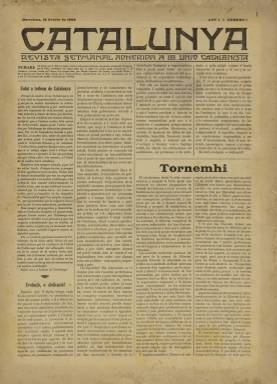
Título: Catalunya (Barcelona. 1909)
Colección: Nacionalismo
Ámbito geográfico: Barcelona
Lugar de publicación: Barcelona
Fechas: 18/02/1909-22/07/1909

“Revista setmanal adherida a la Unió Catalanista” es el subtítulo de esta publicación que comenzó a publicarse en Barcelona el 18 de febrero de 1909. La organización de carácter nacionalista conservador había nacido en 1891, y tras abandonarla Enric Prat de la Riba (1870-1917), la venía presidiendo, desde 1903, el psiquiatra Domènec Martí i Julià (1861-1917), quien desde una posición radical e independentista estaba acercándola al obrerismo y el socialismo. El doctor Martí había sido el último director de La Renaixença (1871-1905) y fue el alma de esta nueva publicación, escrita completamente en lengua catalana, mientras estuvo saliendo semanalmente, hasta el 22 de julio de ese mismo año, interrumpiéndose su aparición al estallar los sucesos de la Semana Trágica.

Sus 23 entregas tendrán ocho páginas cada una, compuestas a cuatro columnas y con un exquisito y diáfano diseño periodístico, estampadas en la imprenta de F. Badía y carentes de cualquier ilustración o grabado. Su redacción estuvo establecida en la Rambla de las Flores.

La dirección del semanario es atribuida a Ramón Creus, y además del propio Martí i Julià, cuyo artículo titulado Escoltèu, publicado en el número 11, de 29 de abril, fue muy celebrado, entre las firmas de sus textos aparecen los nombres de Rossend Serra i Pagès, Joan Vives i Roig, R. Pla i Armengol, J. Plana y Dorca , E. Vidal i Riba (autor de la sección Questions socials), Raúl M. Mir, V. de Laserra, Miquel Laporta, Alexandre Plana, Vicens Ballester, J. Mallofré, H. Agut (autor de la sección De dijous ensà), Ramón D’Alentorn (que escribe unas Cròniques curtes) o Bon Jan (autor de Per l'enseyansa catalana).

Además de artículos políticos y doctrinales de naturaleza nacionalista, de cuestiones sociales o agrarias, ofreció unas crónicas internacionales y otras de arte y teatro, además de noticias, con una sección de deportes, así como otra oficial con información sobre las actividades y conferencias de Unió Catalanista, y las denominadas Prempsa catalana y Noves. La última plana la reservó para inserciones publicitarias. Bibliografía de referencia para este título en Torrent y Tasis (1966).